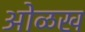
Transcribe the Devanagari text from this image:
आेळख